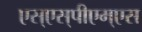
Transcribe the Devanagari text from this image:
एस्‌एस्‌पीएम्‌एस